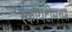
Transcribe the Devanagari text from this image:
स्कायटीमच्या